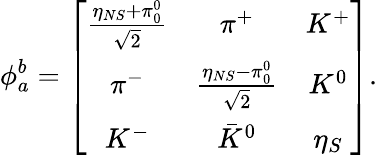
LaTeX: \phi_{a}^{b}=\left[\begin{array}{ccc}{{{\frac{\eta_{NS}+\pi_{0}^{0}}{\sqrt{2}}}}}&{{\pi^{+}}}&{{K^{+}}}\\ {{\pi^{-}}}&{{{\frac{\eta_{NS}-\pi_{0}^{0}}{\sqrt{2}}}}}&{{K^{0}}}\\ {{K^{-}}}&{{{\bar{K}}^{0}}}&{{\eta_{S}}}\end{array}\right].